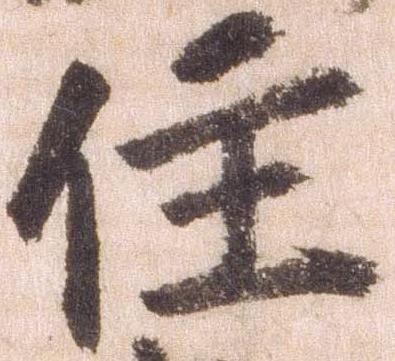
住